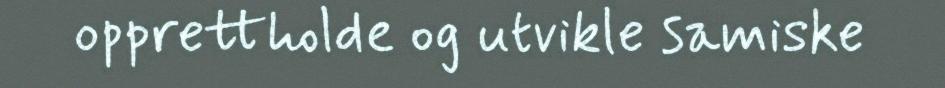
opprettholde og utvikle samiske